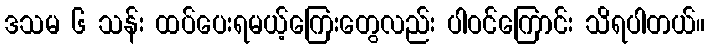
ဒသမ ၆ သန်း ထပ်ပေးရမယ့်ကြေးတွေလည်း ပါဝင်ကြောင်း သိရပါတယ်။